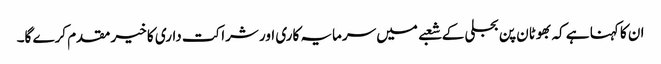
ان کا کہنا ہے کہ بھوٹان پن بجلی کے شعبے میں سرمایہ کاری اور شراکت داری کا خیر مقدم کرے گا۔